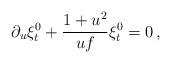
LaTeX: \begin{align*}\partial_{u} \xi_{t}^0 + {1+u^2\over u f} \xi_{t}^0 =0\,,\end{align*}